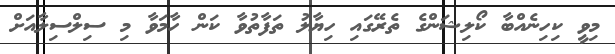
މިވީ ކިހިނެއްބާ ކޯލިޝަންގެ ތެރޭގައި ހިޔާލު ތަފާތުވާ ކަން ހާމަވާ މި ސިލްސިލާއަށް